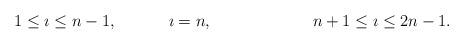
LaTeX: \begin{align*}\ 1\leq \imath \leq n-1,&&& \ \imath =n,&&&\ n+1\leq \imath\leq 2n-1.\end{align*}